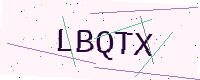
Text: LBQTX